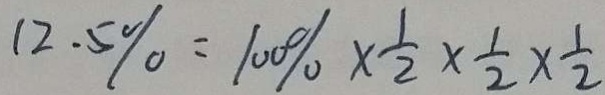
1 2 . 5 \% = 1 0 0 \% \times \frac { 1 } { 2 } \times \frac { 1 } { 2 } \times \frac { 1 } { 2 }